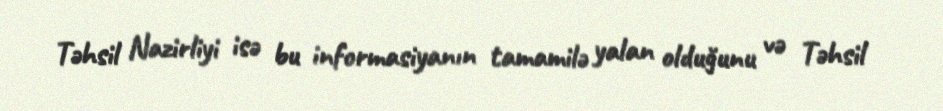
Təhsil Nazirliyi isə bu informasiyanın tamamilə yalan olduğunu və Təhsil